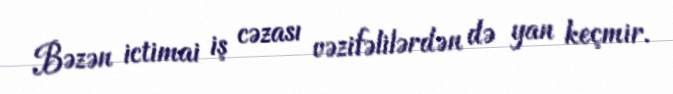
Bəzən ictimai iş cəzası vəzifəlilərdən də yan keçmir.